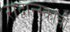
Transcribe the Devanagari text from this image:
राद्वान्स्काची